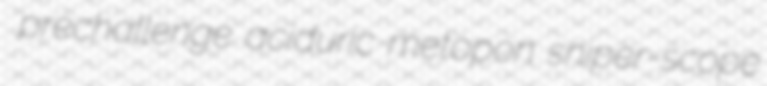
prechallenge aciduric metopon sniper-scope